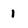
Character: 1